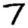
Digit: 7